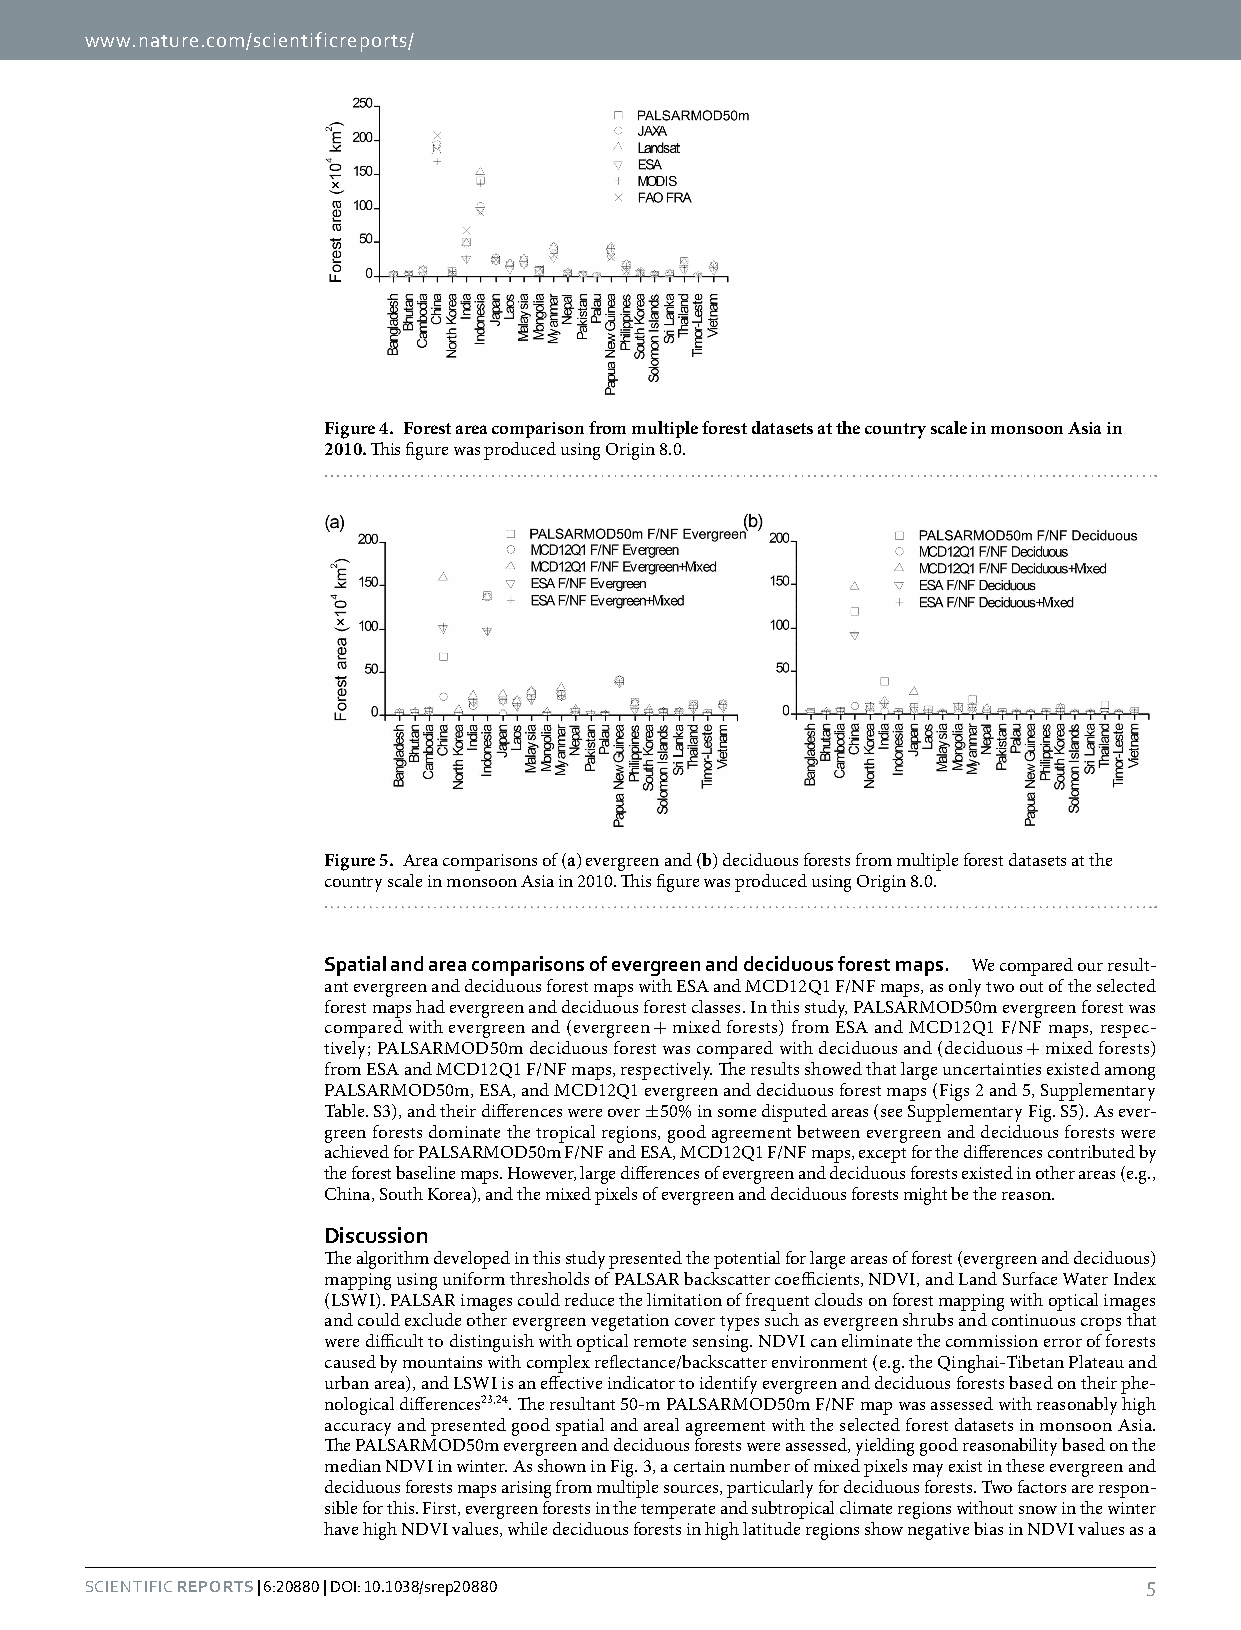
www.nature.com/scientificreports/
 Figure 4. Forest area comparison from multiple forest datasets at the country scale in monsoon Asia in
 2010. This figure was produced using Origin 8.0.
 Figure 5. Area comparisons of (a) evergreen and (b) deciduous forests from multiple forest datasets at the
 country scale in monsoon Asia in 2010. This figure was produced using Origin 8.0.
 Spatial and area comparisons of evergreen and deciduous forest maps. We compared our result-
 ant evergreen and deciduous forest maps with ESA and MCD12Q1 F/NF maps, as only two out of the selected
 forest maps had evergreen and deciduous forest classes. In this study, PALSARMOD50m evergreen forest was
 compared with evergreen and (evergreen + mixed forests) from ESA and MCD12Q1 F/NF maps, respec-
 tively; PALSARMOD50m deciduous forest was compared with deciduous and (deciduous + mixed forests)
 from ESA and MCD12Q1 F/NF maps, respectively. The results showed that large uncertainties existed among
 PALSARMOD50m, ESA, and MCD12Q1 evergreen and deciduous forest maps (Figs 2 and 5, Supplementary
 Table. S3), and their differences were over ± 50% in some disputed areas (see Supplementary Fig. S5). As ever-
 green forests dominate the tropical regions, good agreement between evergreen and deciduous forests were
 achieved for PALSARMOD50m F/NF and ESA, MCD12Q1 F/NF maps, except for the differences contributed by
 the forest baseline maps. However, large differences of evergreen and deciduous forests existed in other areas (e.g.,
 China, South Korea), and the mixed pixels of evergreen and deciduous forests might be the reason.
 Discussion
 The algorithm developed in this study presented the potential for large areas of forest (evergreen and deciduous)
 mapping using uniform thresholds of PALSAR backscatter coefficients, NDVI, and Land Surface Water Index
 (LSWI). PALSAR images could reduce the limitation of frequent clouds on forest mapping with optical images
 and could exclude other evergreen vegetation cover types such as evergreen shrubs and continuous crops that
 were difficult to distinguish with optical remote sensing. NDVI can eliminate the commission error of forests
 caused by mountains with complex reflectance/backscatter environment (e.g. the Qinghai-Tibetan Plateau and
 urban area), and LSWI is an effective indicator to identify evergreen and deciduous forests based on their phe-
 nological differences23,24. The resultant 50-m PALSARMOD50m F/NF map was assessed with reasonably high
 accuracy and presented good spatial and areal agreement with the selected forest datasets in monsoon Asia.
 The PALSARMOD50m evergreen and deciduous forests were assessed, yielding good reasonability based on the
 median NDVI in winter. As shown in Fig. 3, a certain number of mixed pixels may exist in these evergreen and
 deciduous forests maps arising from multiple sources, particularly for deciduous forests. Two factors are respon-
 sible for this. First, evergreen forests in the temperate and subtropical climate regions without snow in the winter
 have high NDVI values, while deciduous forests in high latitude regions show negative bias in NDVI values as a
 Scientific RepoRts | 6:20880 | DOI: 10.1038/srep20880                 5